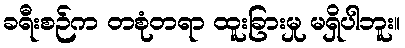
ခရီးစဉ်က တစုံတရာ ထူးခြားမှု မရှိပါဘူး။